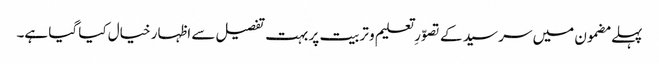
پہلے مضمون میں سر سید کے تصوّرِ تعلیم و تربیت پر بہت تفصیل سے اظہار خیال کیا گیا ہے۔